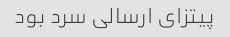
پیتزای ارسالی سرد بود